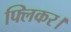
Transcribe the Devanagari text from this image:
फ्लिकर।